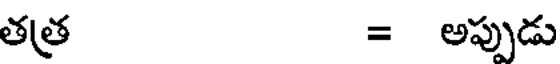
తత్ర = అప్పుడు